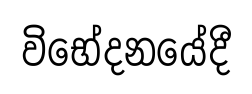
විභේදනයේදී